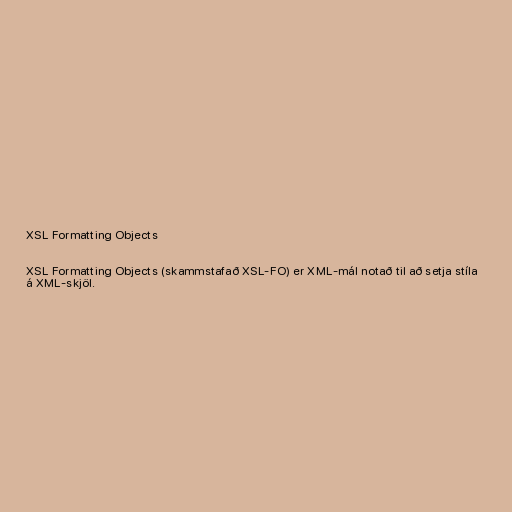
XSL Formatting Objects

XSL Formatting Objects (skammstafað XSL-FO) er XML-mál notað til að setja stíla
á XML-skjöl.